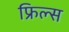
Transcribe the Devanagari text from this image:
फ्रिल्स